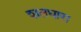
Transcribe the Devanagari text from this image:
शतधारा